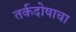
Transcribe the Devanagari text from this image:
तर्कदोषाचा